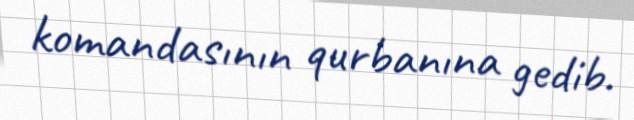
komandasının qurbanına gedib.